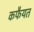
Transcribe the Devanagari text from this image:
कफैयत